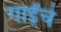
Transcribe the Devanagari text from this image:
गाईंचे